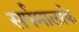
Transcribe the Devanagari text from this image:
सर्पमालाके